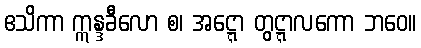
ဧသိကာ ဣန္ဒခီလော စ၊ အဋ္ဋော တွဋ္ဋာလကော ဘဝေ။